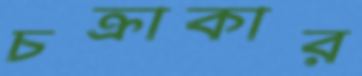
চক্রাকার